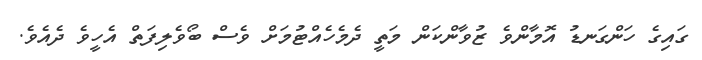
ގައިގެ ހަންގަނޑު އޮމާންވެ ޒުވާންކަން މަތީ ދެމެހެއްޓުމަށް ވެސް ބޯވެލިފަތް އެހީވެ ދެއެވެ.